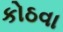
કોઠવા